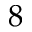
8